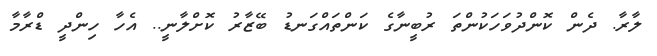
ލާރާ. ދެން ކޮންދުވަހަކުންތަ ރުބީނާގެ ކަންތައްގަނޑު ބޭޒާރު ކޮށްލާނީ.. އެހާ ހިންދީ ޑްރާމާ